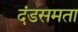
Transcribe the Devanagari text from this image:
दंडसमता